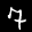
Label: 7